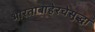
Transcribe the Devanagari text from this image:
भारताबाहेरचेसुद्धा